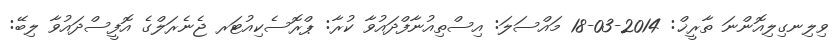
ވިލިނގިލިއޮންނަ ތާރީޚް: 2014-03-18 މައްސަލަ: އިސްތިއުނާފްދައުވާ ކުރާ: ޕްރޮސެކިއުޓަރ ޖެނެރަލްގެ އޮފީސްދައުވާ ލިބޭ: